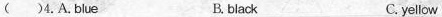
( )4. A. Blue B. black C. yellow